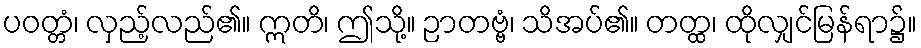
ပဝတ္တံ၊ လှည့်လည်၏။ ဣတိ၊ ဤသို့။ ဉာတဗ္ဗံ၊ သိအပ်၏။ တတ္ထ၊ ထိုလျှင်မြန်ရာ၌။